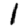
Digit: 1